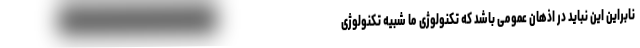
نابراین این نباید در اذهان عمومی باشد که تکنولوژی ما شبیه تکنولوژی